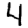
Digit: 4